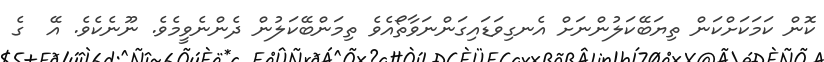
ކޮން ކަމަކަށްކަން ތިޔަބޭކަލުންނަށް އެނގިވަޑައިގަންނަވާތޯއެވެ ތިމަންބޭކަލުން ދެންނެވީމެވެ. ނޫނެކެވެ. އޭ  ގެ